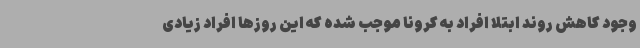
وجود کاهش روند ابتلا افراد به کرونا موجب شده که این روزها افراد زیادی